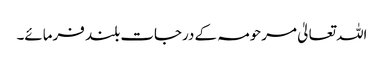
اللہ تعالیٰ مرحومہ کے درجات بلند فرمائے۔